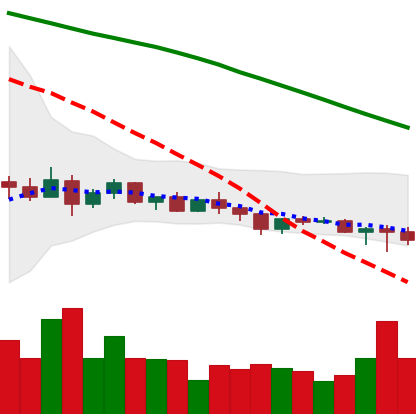
Ticker: XLM-USD
Chart end date: 2022-12-14
Forward return: -11.597%
Label: down_7plus